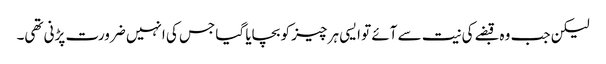
لیکن جب وہ قبضے کی نیت سے آئے تو ایسی ہر چیز کو بچایا گیا جس کی انہیں ضرورت پڑنی تھی۔